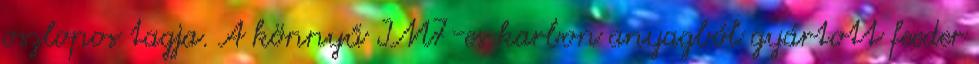
oszlopos tagja. A könnyű IM7-es karbon anyagból gyártott feeder